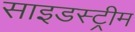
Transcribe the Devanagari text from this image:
साइडस्ट्रीम